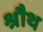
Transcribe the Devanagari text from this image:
श्रौथ